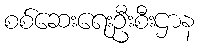
စစ်ဆေးရေးဦးစီးဌာန